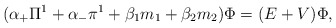
\begin{align*}({\alpha}_{+} {\Pi}^1 + {\alpha}_{-} {\pi}^1+ {\beta}_1 m_1 + {\beta}_2 m_2 ) {\Phi} =(E+V) {\Phi},\end{align*}